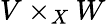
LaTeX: V\times_{X}W